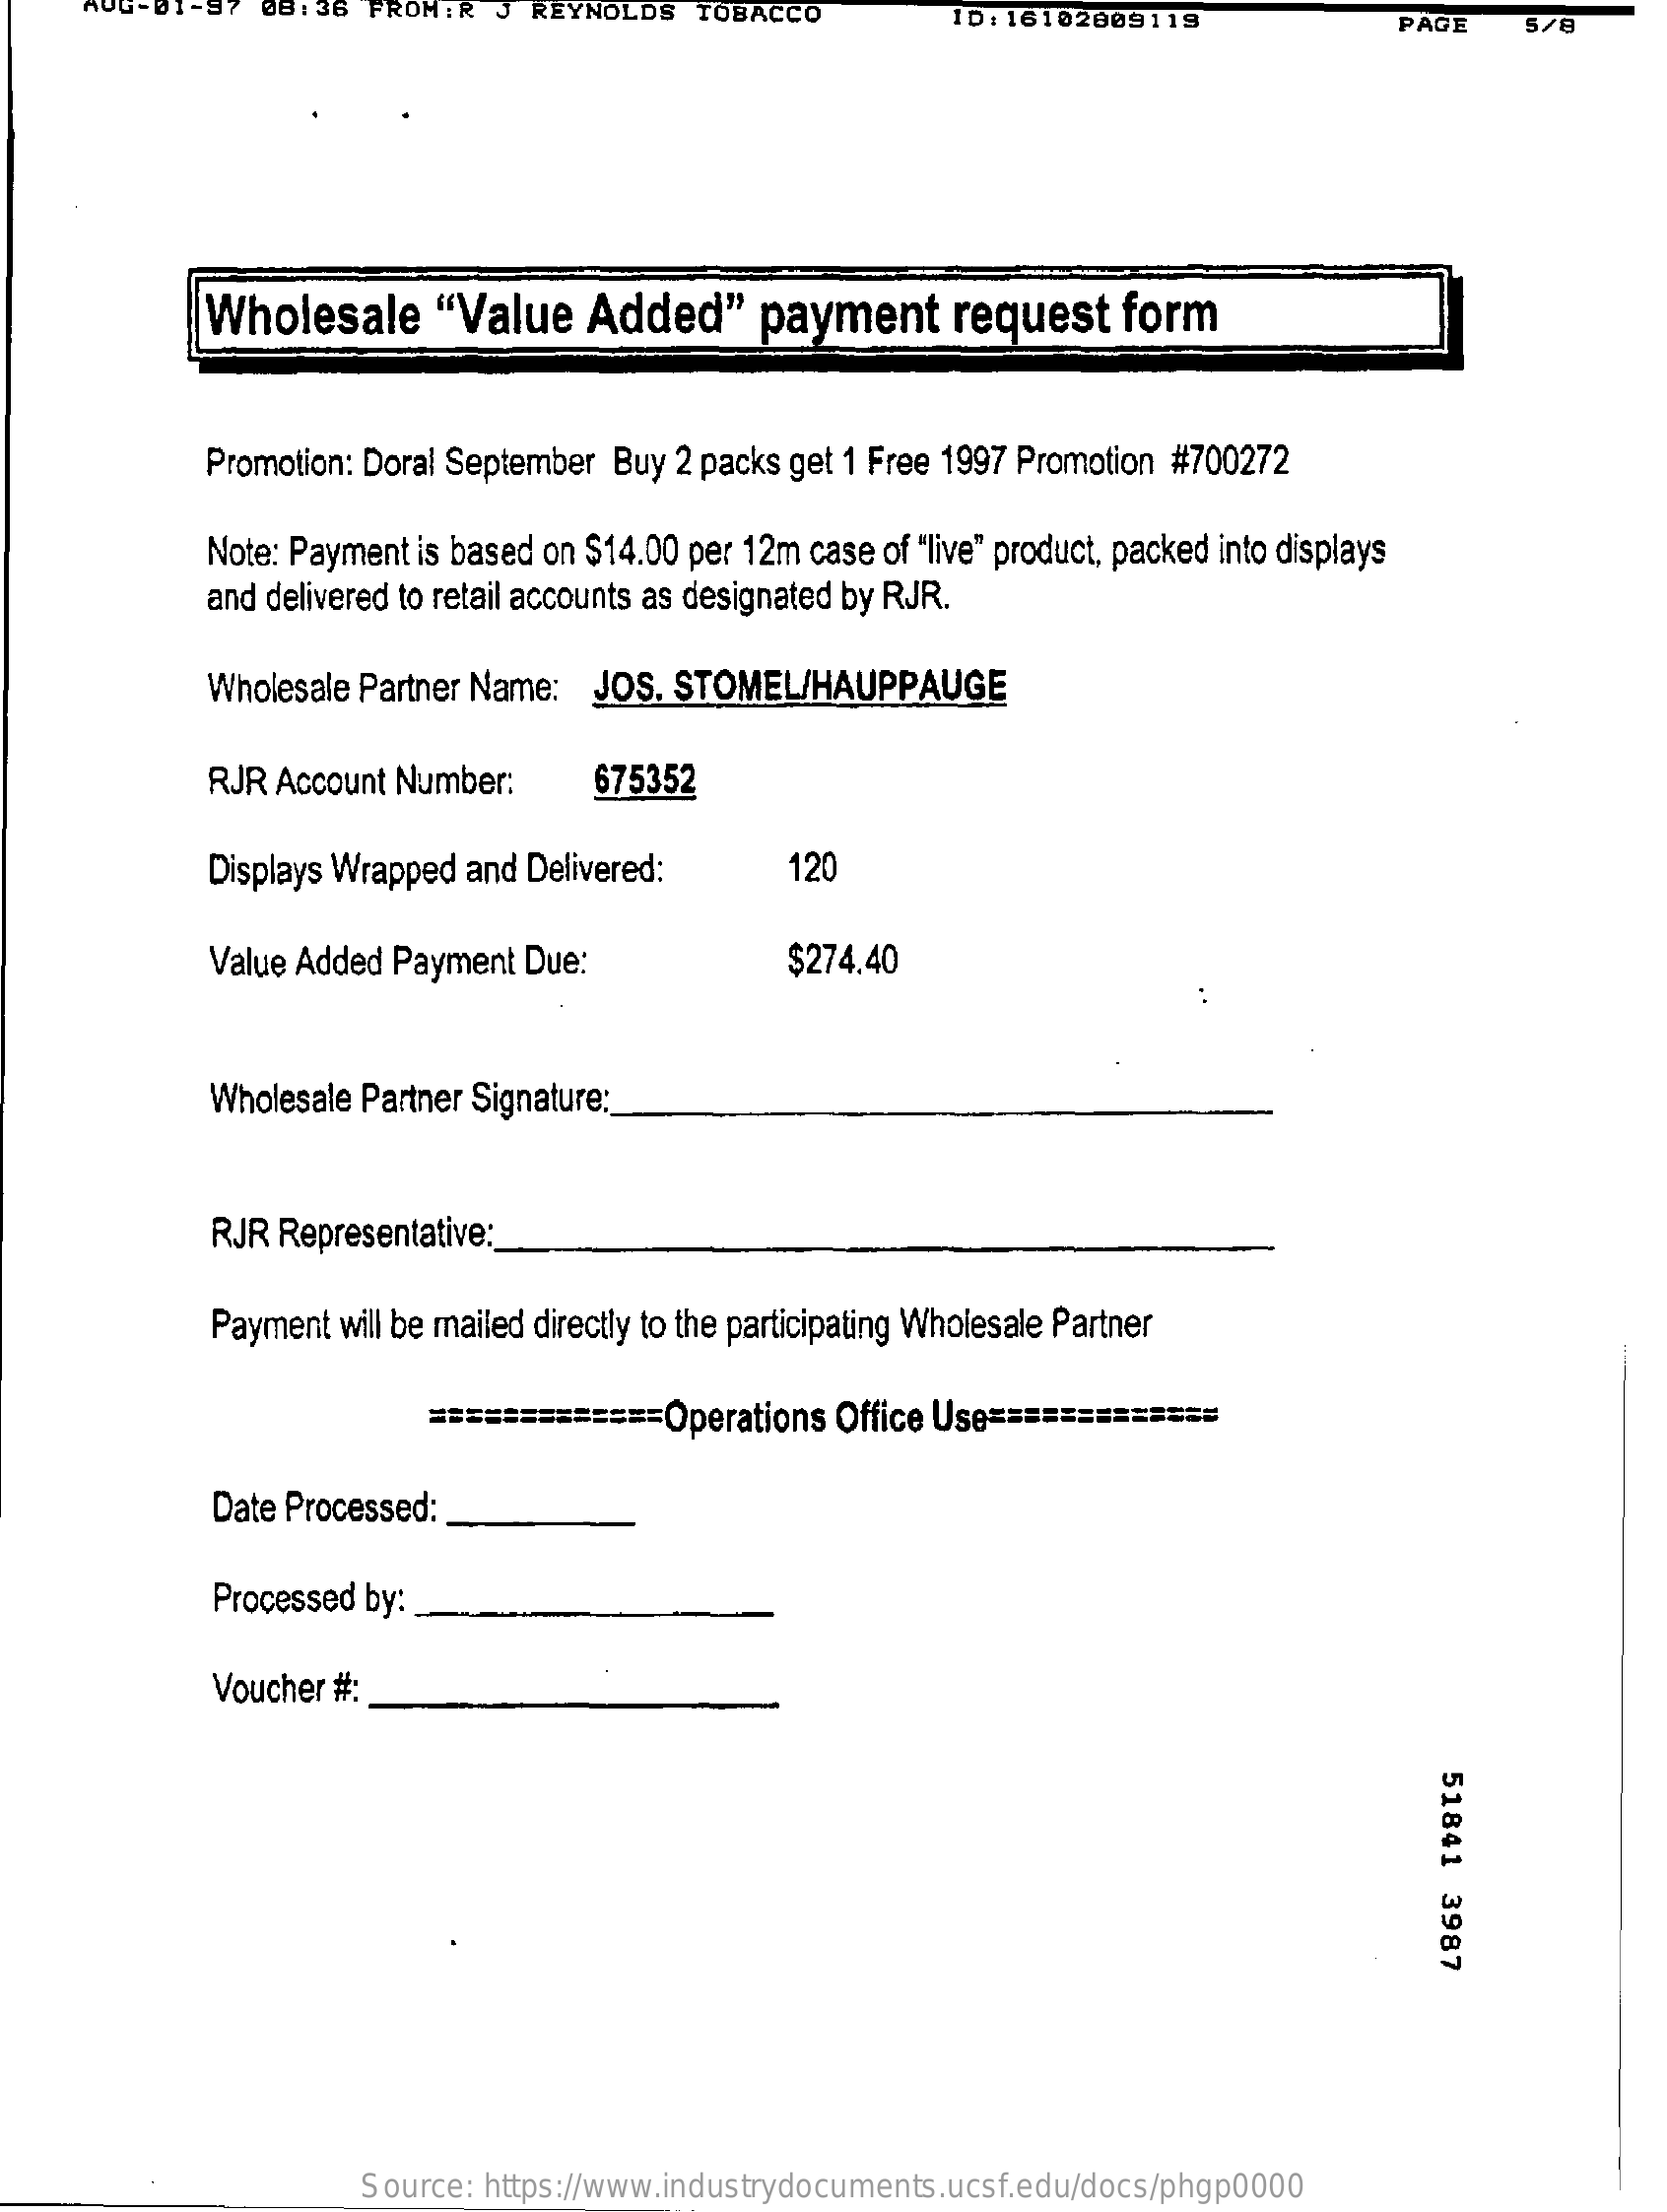
:R J REYNOLDS  TOBACCO    ID: 16102009119    PAGE   5/8
     Wholesale    "Value   Added"    payment    request   form
     Promotion: Doral September Buy 2 packs get 1 Free 1997 Promotion #700272
     Note: Payment is based on $14.00 per 12m case of "live" product, packed into displays
     and delivered to retail accounts as designated by RJR.
     Wholesale Partner Name: JOS. STOMEL/HAUPPAUGE
     RJR Account Number:    675352
     Displays Wrapped and Delivered:   120
     Value Added Payment Due:    $274.40
     Wholesale Partner Signature:
     RJR Representative:
     Payment will be mailed directly to the participating Wholesale Partner
     ============= Operations Office Use =============
     Date Processed:
     Processed by:
     Voucher #:
     51841
     3987
     Source: https://www.industrydocuments.ucsf.edu/docs/phgp0000